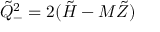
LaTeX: \tilde { Q } _ { - } ^ { 2 } = 2 ( \tilde { H } - M \tilde { Z } )